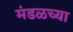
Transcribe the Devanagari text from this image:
मंडळच्या